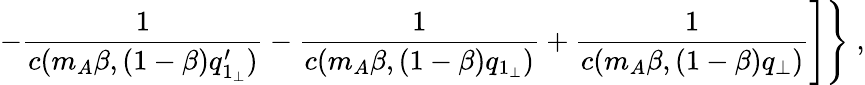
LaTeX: \left.\left.-\frac{1}{c(m_{A}\beta,(1-\beta)q_{1_{\perp}}^{\prime})}-\frac{1}{c(m_{A}\beta,(1-\beta)q_{1_{\perp}})}+\frac{1}{c(m_{A}\beta,(1-\beta)q_{\perp})}\right]\right\} \; ,